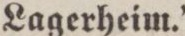
Lagerheim.”